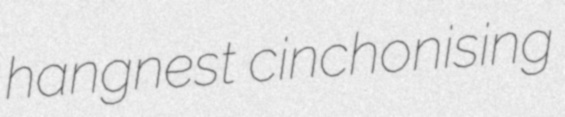
hangnest cinchonising